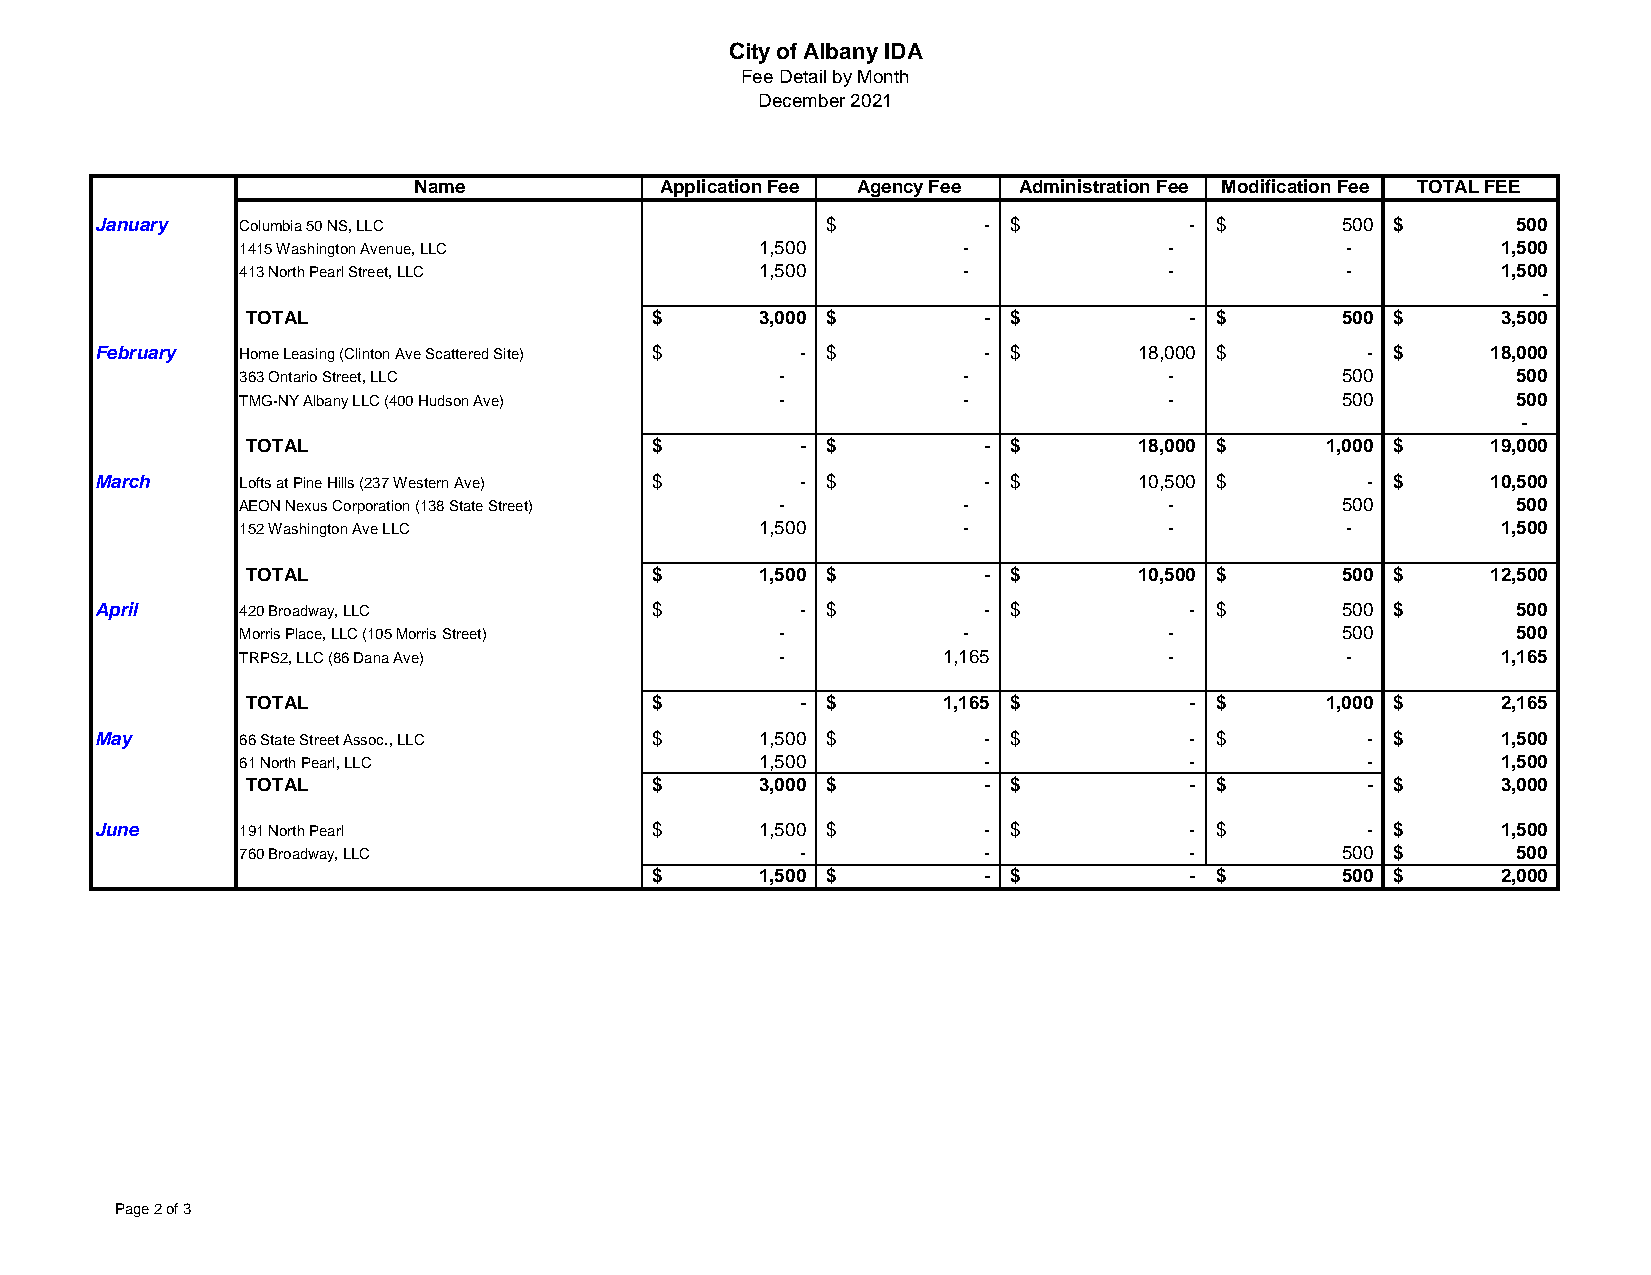
City of Albany IDA
 Fee Detail by Month
 December 2021
 Name             Application Fee Agency Fee Administration Fee Modification Fee TOTAL FEE
 January   Columbia 50 NS, LLC                    $         - $           - $       5 00 $     500
 1415 Washington Avenue, LLC       1,500         -            -           -         1,500
 413 North Pearl Street, LLC       1,500         -            -           -         1,500
 -
 TOTAL                      $      3,000 $        - $           - $       5 00 $    3,500
 February  Home Leasing (Clinton Ave Scattered Site) $ - $  - $       18,000 $       - $      18,000
 363 Ontario Street, LLC             -           -            -           5 00       500
 TMG-NY Albany LLC (400 Hudson Ave)  -           -            -           5 00       500
 -
 TOTAL                      $         - $         - $       18,000 $     1 ,000 $   19,000
 March     Lofts at Pine Hills (237 Western Ave) $ - $      - $       10,500 $       - $      10,500
 AEON Nexus Corporation (138 State Street) -     -            -           5 00       500
 152 Washington Ave LLC            1,500         -            -           -         1,500
 TOTAL                      $      1,500 $        - $       10,500 $      5 00 $    12,500
 April     420 Broadway, LLC          $         - $         - $           - $       5 00 $     500
 Morris Place, LLC (105 Morris Street) -         -            -           5 00       500
 TRPS2, LLC (86 Dana Ave)            -         1,165          -           -         1,165
 TOTAL                      $         - $      1,165 $          - $      1 ,000 $   2,165
 May       66 State Street Assoc., LLC $     1,500 $        - $           - $        - $      1,500
 61 North Pearl, LLC               1,500          -             -          -        1,500
 TOTAL                      $      3,000 $        - $           - $        - $      3,000
 June      191 North Pearl            $      1,500 $        - $           - $        - $      1,500
 760 Broadway, LLC                    -           -             -         5 00 $     500
 $      1,500 $        - $           - $       5 00 $    2,000
 Page 2 of 3